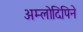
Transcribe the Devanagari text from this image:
अम्लोदिपिने